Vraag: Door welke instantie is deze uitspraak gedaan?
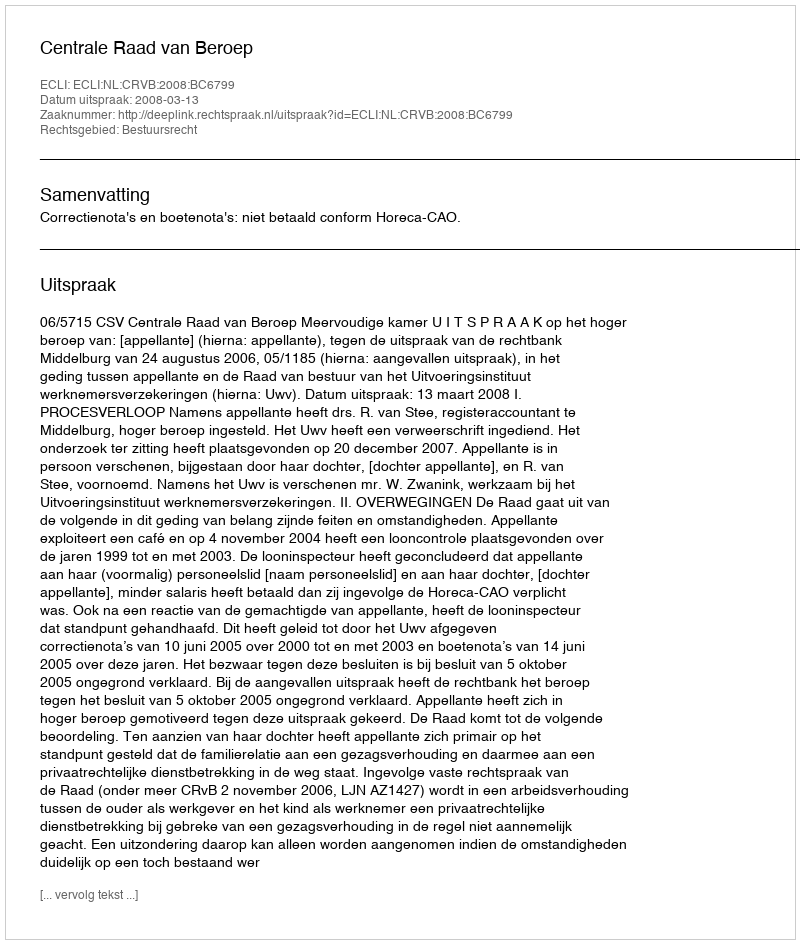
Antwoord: Centrale Raad van Beroep